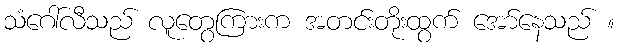
သံဂေါ်လီသည် လူတွေကြားက အတင်းတိုးထွက် အော်နေသည် ။